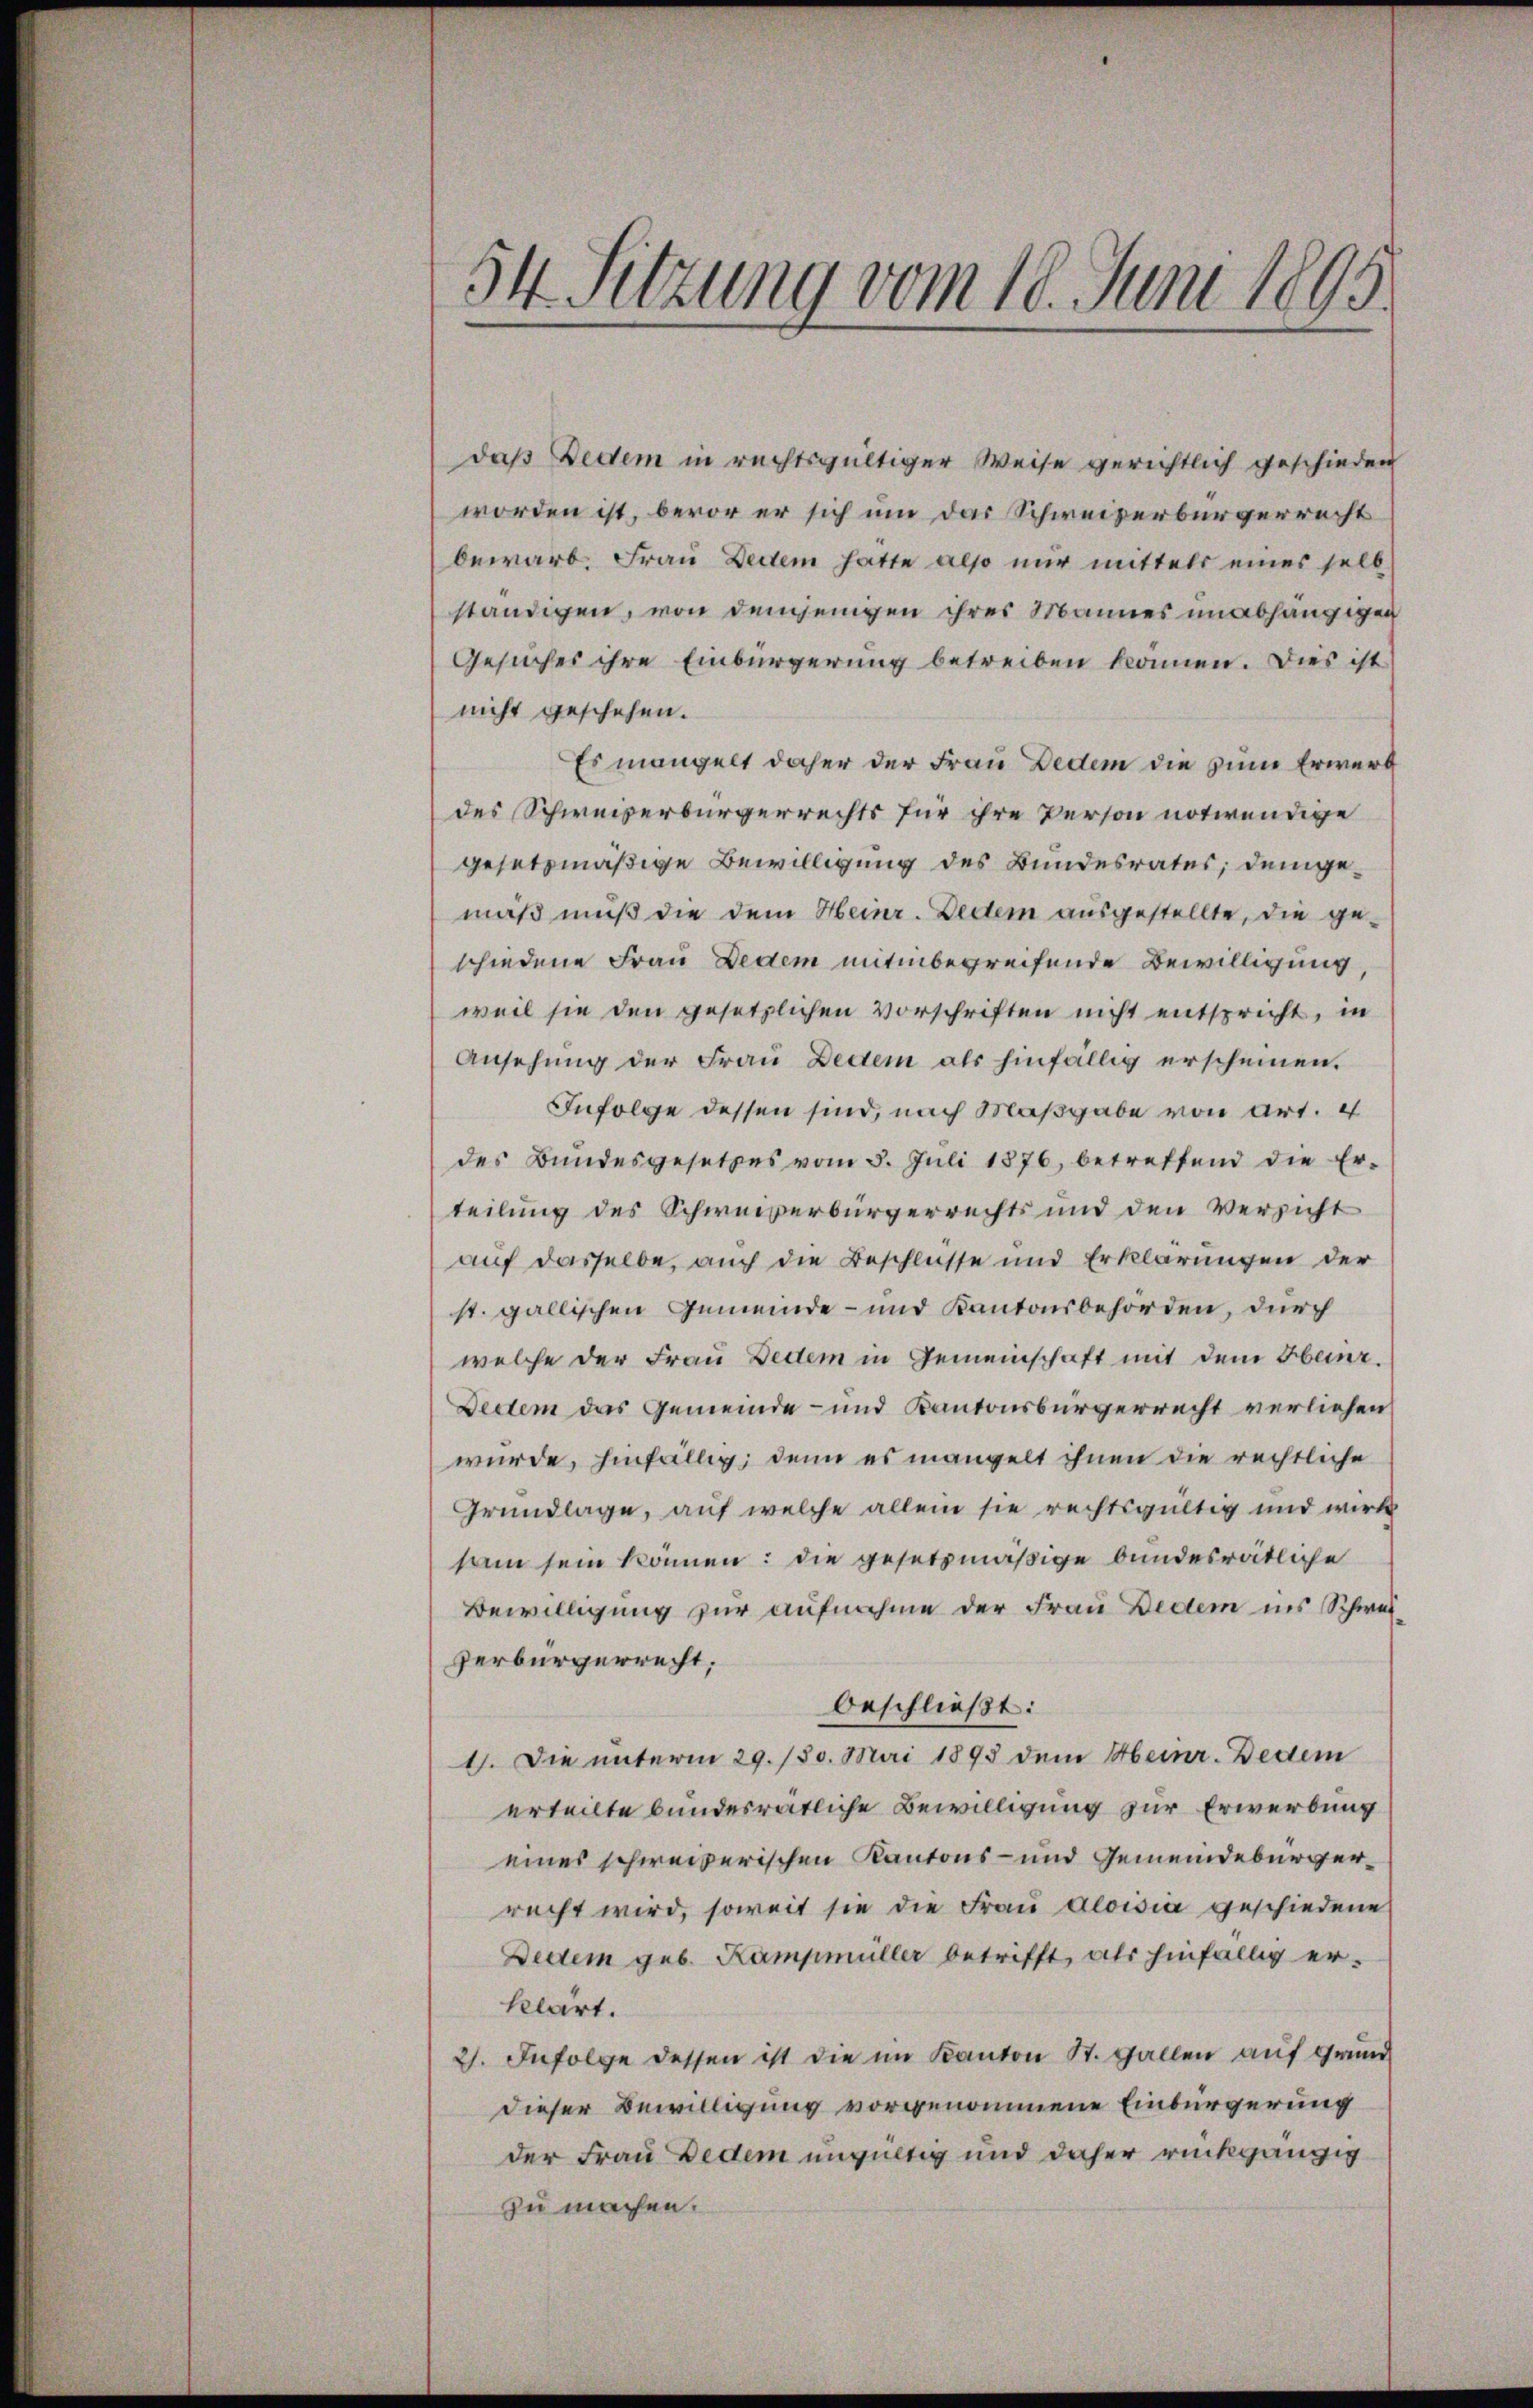
54 Sitzung vom 18. Juni 1895.

daß Dedem in rechtsgültiger Weise gerichtlich geschieden
worden ist, bevor er sich um das Schweizerbürgerrecht
bewarb. Frau Decem hatte also nur mittels eines selb
ständigen, von demjenigen ihres Mannes unabhängigen
Gesuches ihre Einbürgerung betreiben können. Dies ist
nicht geschehen.
Es mangelt daher der Frau Dedem die zum Erwerf
des Schweizerbürgerrechts für ihre Person notwendige
gesetzmäßige Bewilligung des Bundesrates; demgemäß muß die dem Heinr. Decem ausgestellte, die ge-
schiedene Frau Dedem mitinbegreifende Bewilligung,
weil sie den gesetzlichen Vorschriften nicht entspricht, in
Ansehung der Frau Dedem als hinfällig erscheinen.
Infolge dessen sind, nach Maßgabe von Art. 4
des Bundesgesetzes vom 3. Juli 1876, betreffend die Er-
teilung des Schweizerbürgerrechts und den Versicht
auf dasselbe, auch die Beschlüsse und Erklärungen der
st. gallischen Gemeinde- und Kantonsbehörden, durch
welche der Frau Dedem in Gemeinschaft mit dem Heinr.
Dectem das Gemeinde- und Kantonsbürgerrecht verliehen
wurde, hinfällig, denn es mangelt ihnen die rechtliche
Grundlage, auf welche allein sie rechtsgültig und wirk
sam sein können: die gesetzmäßige bundesrätliche
Bewilligung zur aufnahme der Frau Dedem ins Schweiverbürgerrecht,
beschließt:
1). Die unterm 29./30. Mai 1893 dem Heinr. Bedem
erteilte bundesrätliche Bewilligung zur Erwerbung
eines schweizerischen Kantons- und Gemeindebürgerrecht wird, soweit sie die Frau Aloisia geschiedene
Dectem geb. Kampmüller betrifft, als hinfällig er-
klärt.
2). Infolge dessen ist die im Kanton St. Gallen auf Grund
dieser Bewilligung vorgenommene Einbürgerung
der Frau Dedem ungültig und daher rückgängig
zu machen.